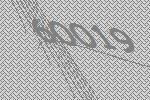
60019